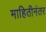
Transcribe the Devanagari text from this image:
माहितीनंतर